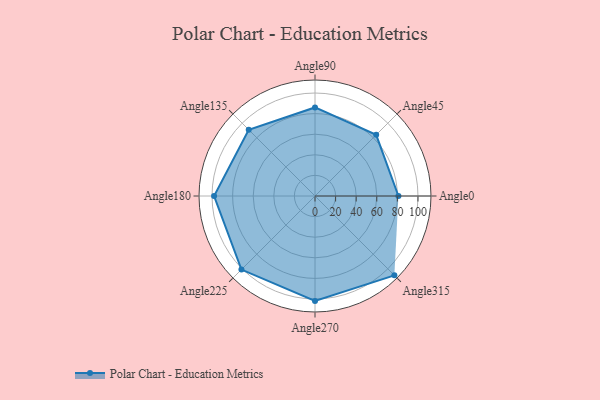
{"axis": {"x": "Angle", "y": "Radius"}, "legend": [""], "data": [{"x": "Angle0", "y": 81.0, "type": ""}, {"x": "Angle45", "y": 84.0, "type": ""}, {"x": "Angle90", "y": 86.0, "type": ""}, {"x": "Angle135", "y": 91.0, "type": ""}, {"x": "Angle180", "y": 98.0, "type": ""}, {"x": "Angle225", "y": 101.0, "type": ""}, {"x": "Angle270", "y": 102.0, "type": ""}, {"x": "Angle315", "y": 109.0, "type": ""}]}